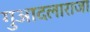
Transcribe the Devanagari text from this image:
गुआदलाराजा